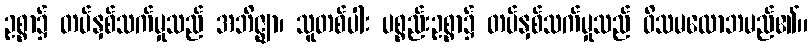
ဥစ္စာ၌ တပ်နှစ်သက်မှုသည် အဘိဇ္ဈာ၊ သူတစ်ပါး ပစ္စည်းဥစ္စာ၌ တပ်နှစ်သက်မှုသည် ဝိသမလောဘမည်၏။